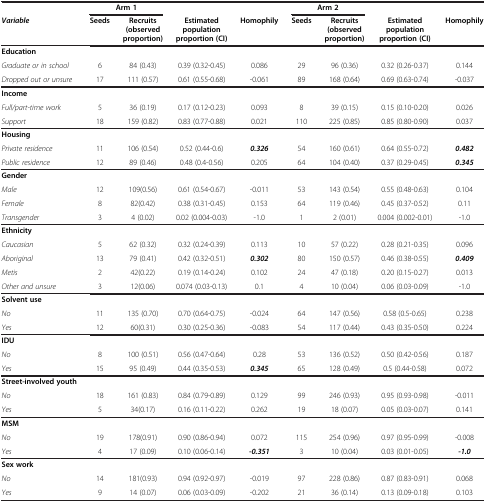
<table><thead><tr><td><b> </b></td><td colspan="2"><b>Arm 1</b></td><td><b> </b></td><td><b> </b></td><td colspan="2"><b>Arm 2</b></td><td><b> </b></td><td><b> </b></td></tr><tr><td><b><i>Variable</i></b></td><td><b>Seeds</b></td><td><b>Recruits (observed proportion)</b></td><td><b>Estimated population proportion (CI)</b></td><td><b>Homophily</b></td><td><b>Seeds</b></td><td><b>Recruits (observed proportion)</b></td><td><b>Estimated population proportion (CI)</b></td><td><b>Homophily</b></td></tr></thead><tbody><tr><td><b>Education</b></td><td> </td><td> </td><td> </td><td> </td><td> </td><td> </td><td> </td><td> </td></tr><tr><td><i>Graduate or in school</i></td><td>6</td><td>84 (0.43)</td><td>0.39 (0.32-0.45)</td><td>0.086</td><td>29</td><td>96 (0.36)</td><td>0.32 (0.26-0.37)</td><td>0.144</td></tr><tr><td><i>Dropped out or unsure</i></td><td>17</td><td>111 (0.57)</td><td>0.61 (0.55-0.68)</td><td>-0.061</td><td>89</td><td>168 (0.64)</td><td>0.69 (0.63-0.74)</td><td>-0.037</td></tr><tr><td><b>Income</b></td><td> </td><td> </td><td> </td><td> </td><td> </td><td> </td><td> </td><td> </td></tr><tr><td><i>Full/part-time work</i></td><td>5</td><td>36 (0.19)</td><td>0.17 (0.12-0.23)</td><td>0.093</td><td>8</td><td>39 (0.15)</td><td>0.15 (0.10-0.20)</td><td>0.026</td></tr><tr><td><i>Support</i></td><td>18</td><td>159 (0.82)</td><td>0.83 (0.77-0.88)</td><td>0.021</td><td>110</td><td>225 (0.85)</td><td>0.85 (0.80-0.90)</td><td>0.037</td></tr><tr><td><b>Housing</b></td><td> </td><td> </td><td> </td><td> </td><td> </td><td> </td><td> </td><td> </td></tr><tr><td><i>Private residence</i></td><td>11</td><td>106 (0.54)</td><td>0.52 (0.44-0.6)</td><td><b><i>0.326</i></b></td><td>54</td><td>160 (0.61)</td><td>0.64 (0.55-0.72)</td><td><b><i>0.482</i></b></td></tr><tr><td><i>Public residence</i></td><td>12</td><td>89 (0.46)</td><td>0.48 (0.4-0.56)</td><td>0.205</td><td>64</td><td>104 (0.40)</td><td>0.37 (0.29-0.45)</td><td><b><i>0.345</i></b></td></tr><tr><td><b>Gender</b></td><td> </td><td> </td><td> </td><td> </td><td> </td><td> </td><td> </td><td> </td></tr><tr><td><i>Male</i></td><td>12</td><td>109(0.56)</td><td>0.61 (0.54-0.67)</td><td>-0.011</td><td>53</td><td>143 (0.54)</td><td>0.55 (0.48-0.63)</td><td>0.104</td></tr><tr><td><i>Female</i></td><td>8</td><td>82(0.42)</td><td>0.38 (0.31-0.45)</td><td>0.153</td><td>64</td><td>119 (0.46)</td><td>0.45 (0.37-0.52)</td><td>0.11</td></tr><tr><td><i>Transgender</i></td><td>3</td><td>4 (0.02)</td><td>0.02 (0.004-0.03)</td><td>-1.0</td><td>1</td><td>2 (0.01)</td><td>0.004 (0.002-0.01)</td><td>-1.0</td></tr><tr><td><b>Ethnicity</b></td><td> </td><td> </td><td> </td><td> </td><td> </td><td> </td><td> </td><td> </td></tr><tr><td><i>Caucasian</i></td><td>5</td><td>62 (0.32)</td><td>0.32 (0.24-0.39)</td><td>0.113</td><td>10</td><td>57 (0.22)</td><td>0.28 (0.21-0.35)</td><td>0.096</td></tr><tr><td><i>Aboriginal</i></td><td>13</td><td>79 (0.41)</td><td>0.42 (0.32-0.51)</td><td><b><i>0.302</i></b></td><td>80</td><td>150 (0.57)</td><td>0.46 (0.38-0.55)</td><td><b><i>0.409</i></b></td></tr><tr><td><i>Metis</i></td><td>2</td><td>42(0.22)</td><td>0.19 (0.14-0.24)</td><td>0.102</td><td>24</td><td>47 (0.18)</td><td>0.20 (0.15-0.27)</td><td>0.013</td></tr><tr><td><i>Other and unsure</i></td><td>3</td><td>12(0.06)</td><td>0.074 (0.03-0.13)</td><td>0.1</td><td>4</td><td>10 (0.04)</td><td>0.06 (0.03-0.09)</td><td>-1.0</td></tr><tr><td><b>Solvent use</b></td><td> </td><td> </td><td> </td><td> </td><td> </td><td> </td><td> </td><td> </td></tr><tr><td><i>No</i></td><td>11</td><td>135 (0.70)</td><td>0.70 (0.64-0.75)</td><td>-0.024</td><td>64</td><td>147 (0.56)</td><td>0.58 (0.5-0.65)</td><td>0.238</td></tr><tr><td><i>Yes</i></td><td>12</td><td>60(0.31)</td><td>0.30 (0.25-0.36)</td><td>-0.083</td><td>54</td><td>117 (0.44)</td><td>0.43 (0.35-0.50)</td><td>0.224</td></tr><tr><td><b>IDU</b></td><td> </td><td> </td><td> </td><td> </td><td> </td><td> </td><td> </td><td> </td></tr><tr><td><i>No</i></td><td>8</td><td>100 (0.51)</td><td>0.56 (0.47-0.64)</td><td>0.28</td><td>53</td><td>136 (0.52)</td><td>0.50 (0.42-0.56)</td><td>0.187</td></tr><tr><td><i>Yes</i></td><td>15</td><td>95 (0.49)</td><td>0.44 (0.35-0.53)</td><td><b><i>0.345</i></b></td><td>65</td><td>128 (0.49)</td><td>0.5 (0.44-0.58)</td><td>0.072</td></tr><tr><td><b>Street-involved youth</b></td><td> </td><td> </td><td> </td><td> </td><td> </td><td> </td><td> </td><td> </td></tr><tr><td><i>No</i></td><td>18</td><td>161 (0.83)</td><td>0.84 (0.79-0.89)</td><td>0.129</td><td>99</td><td>246 (0.93)</td><td>0.95 (0.93-0.98)</td><td>-0.011</td></tr><tr><td><i>Yes</i></td><td>5</td><td>34(0.17)</td><td>0.16 (0.11-0.22)</td><td>0.262</td><td>19</td><td>18 (0.07)</td><td>0.05 (0.03-0.07)</td><td>0.141</td></tr><tr><td><b>MSM</b></td><td> </td><td> </td><td> </td><td> </td><td> </td><td> </td><td> </td><td> </td></tr><tr><td><i>No</i></td><td>19</td><td>178(0.91)</td><td>0.90 (0.86-0.94)</td><td>0.072</td><td>115</td><td>254 (0.96)</td><td>0.97 (0.95-0.99)</td><td>-0.008</td></tr><tr><td><i>Yes</i></td><td>4</td><td>17 (0.09)</td><td>0.10 (0.06-0.14)</td><td><b><i>-0.351</i></b></td><td>3</td><td>10 (0.04)</td><td>0.03 (0.01-0.05)</td><td><b><i>-1.0</i></b></td></tr><tr><td><b>Sex work</b></td><td> </td><td> </td><td> </td><td> </td><td> </td><td> </td><td> </td><td> </td></tr><tr><td><i>No</i></td><td>14</td><td>181(0.93)</td><td>0.94 (0.92-0.97)</td><td>-0.019</td><td>97</td><td>228 (0.86)</td><td>0.87 (0.83-0.91)</td><td>0.068</td></tr><tr><td><i>Yes</i></td><td>9</td><td>14 (0.07)</td><td>0.06 (0.03-0.09)</td><td>-0.202</td><td>21</td><td>36 (0.14)</td><td>0.13 (0.09-0.18)</td><td>0.103</td></tr></tbody></table>